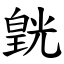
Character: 皝